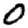
Digit: 0